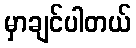
မှာချင်ပါတယ်